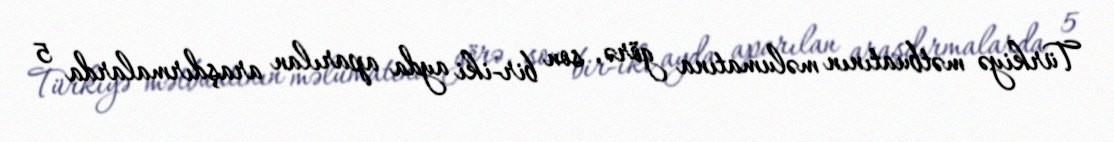
Türkiyə mətbuatının məlumatına görə, son bir-iki ayda aparılan araşdırmalarda 5